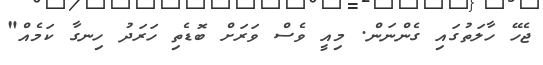
ޖެހޭ ހާލަތުގައި ގެންނަން. މިއީ ވެސް ވަރަށް ބޮޑެތި ހަރަދު ހިނގާ ކަމެއް"